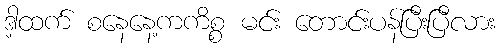
ဒါ့ထက် စနေနေ့ကကိစ္စ မင်း တောင်းပန်ပြီးပြီလား